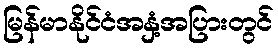
မြန်မာနိုင်ငံအနှံ့အပြားတွင်